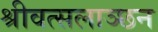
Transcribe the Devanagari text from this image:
श्रीवत्सलाञ्छन